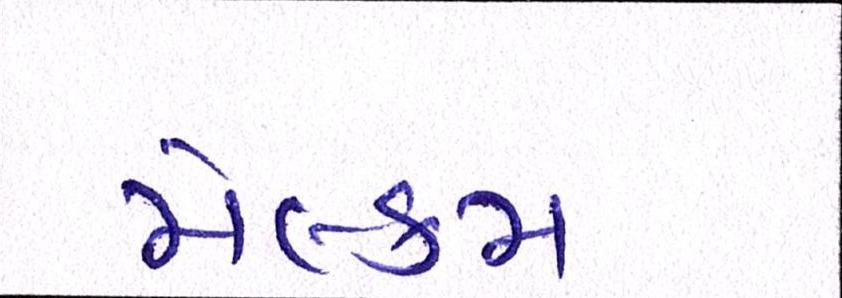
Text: મેલ્કમ